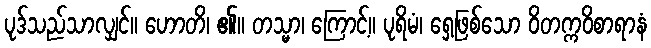
ပုဒ်သည်သာလျှင်။ ဟောတိ၊ ၏။ တသ္မာ၊ ကြောင့်။ ပုရိမံ၊ ရှေ့ဖြစ်သော ဝိတက္ကဝိစာရာနံ